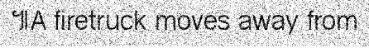
៕A firetruck moves away from